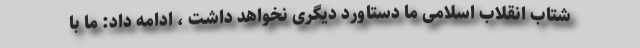
شتاب انقلاب اسلامی ما دستاورد دیگری نخواهد داشت ، ادامه داد: ما با